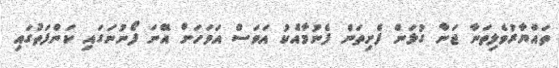
ތައްޔާރުވެލިތަނާ ޖަނާ ގުޅަން ފެށިތަން ފެނުމާއެކު އަވަސް އަވަހަށް އޭނަ ފޯނުނަގައި ކަންފަތުގައި